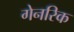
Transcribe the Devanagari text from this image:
गेनरिक